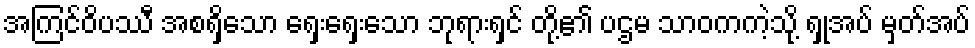
အကြင်ဝိပဿီ အစရှိသော ရှေးရှေးသော ဘုရားရှင် တို့၏ ပဌမ သာဝကကဲ့သို့ ရှုအပ် မှတ်အပ်